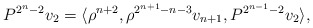
\begin{align*}P^{2^n-2} v_2 = \langle \rho^{n+2}, \rho^{2^{n+1} - n - 3} v_{n+1},P^{2^{n-1} - 2} v_2 \rangle,\end{align*}